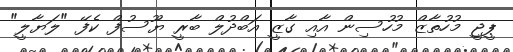
ޕީޖީ މުހުތާޒް މުހުސިން އާއި ގާޒީ އަބްދުލް ބާރީ ޔޫސުފް ކެފޭ "ލަޔާލީ"